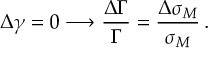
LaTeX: \Delta \gamma = 0 \longrightarrow \frac { \Delta \Gamma } { \Gamma } = \frac { \Delta \sigma _ { M } } { \sigma _ { M } } \, .